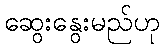
ဆွေးနွေးမည်ဟု